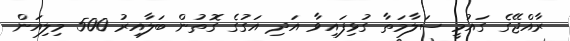
ރާއްޖޭގެ ގައުމީ ސަލާމަތާ ގުޅިފައިވާ އަދި އަގުގެ ގޮތުން ބަލާއިރު 500 މިލިއަން